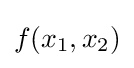
f(x_{1},x_{2})